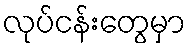
လုပ်ငန်းတွေမှာ